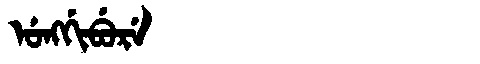
Manchu: ᡠᠩᡤᡳᠪᡠᡵᡝ
Romanization: UNGGIBURE